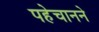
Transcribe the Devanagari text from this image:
पहेचानने